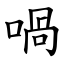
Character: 喎